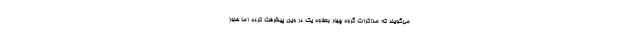
می‌گویند که مذاکرات گروه چهار بعلاوه یک در وین پیشرفت کرده اما هنوز